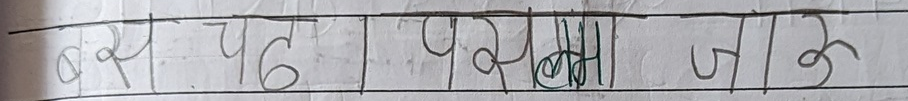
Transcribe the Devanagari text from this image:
बस पढ़ परसलमा जा ३